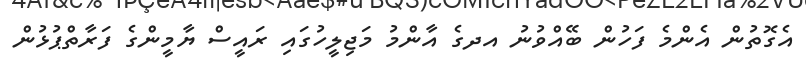
އެގޮތުން އެންމެ ފަހުން ބޭއްވުނު އދގެ އާންމު މަޖިލީހުގައި ރައީސް ޔާމީންގެ ފަރާތްޕުޅުން